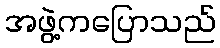
အဖွဲ့ကပြောသည်